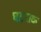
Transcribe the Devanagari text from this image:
घटनाक